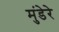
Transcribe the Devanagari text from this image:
मुंडेरे